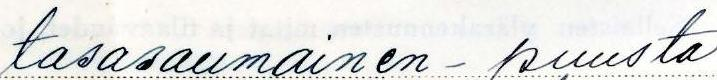
tasasaumainen - puusta